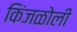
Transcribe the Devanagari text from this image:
किंजळोली